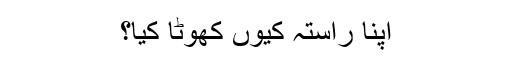
اپنا راستہ کیوں کھوٹا کیا؟